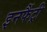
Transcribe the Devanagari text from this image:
इनफैंट्री